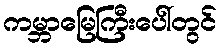
ကမ္ဘာမြေကြီးပေါ်တွင်